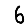
Digit: 6